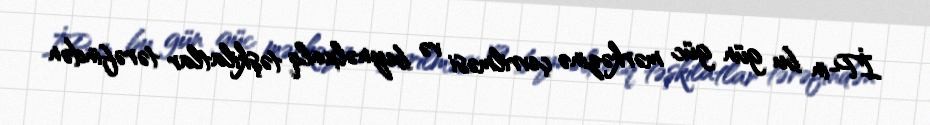
İP-in bu gün güc mərkəzinə çevrilməsi və beynəlxalq təşkilatlar tərəfindən